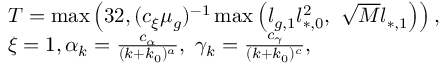
\begin{array} { r l } & { T = \operatorname* { m a x } \left( 3 2 , ( c _ { \xi } \mu _ { g } ) ^ { - 1 } \operatorname* { m a x } \left( l _ { g , 1 } l _ { * , 0 } ^ { 2 } , \ \sqrt { M } l _ { * , 1 } \right) \right) , } \\ & { \xi = 1 , \alpha _ { k } = \frac { c _ { \alpha } } { ( k + k _ { 0 } ) ^ { a } } , \ \gamma _ { k } = \frac { c _ { \gamma } } { ( k + k _ { 0 } ) ^ { c } } , } \end{array}